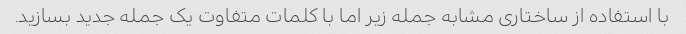
با استفاده از ساختاری مشابه جمله زیر اما با کلمات متفاوت یک جمله جدید بسازید.